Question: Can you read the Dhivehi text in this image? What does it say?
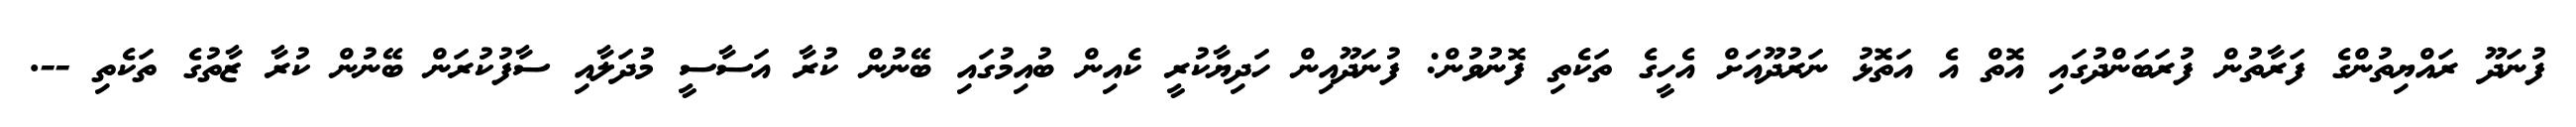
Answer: ފުނަދޫ ރައްޔިތުންގެ ފަރާތުން ފުރަބަންދުގައި އޮތް އެ އަތޮޅު ނަރުދޫއަށް އެހީގެ ތަކެތި ފޮނުވުން: ފުނަދޫއިން ހަދިޔާކުރީ ކެއިން ބުއިމުގައި ބޭނުން ކުރާ އަސާސީ މުދަލާއި ސާފުކުރަން ބޭނުން ކުރާ ޒާތުގެ ތަކެތި --.